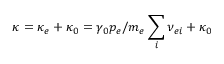
\kappa = \kappa _ { e } + \kappa _ { 0 } = \gamma _ { 0 } p _ { e } / m _ { e } \sum _ { i } \nu _ { e i } + \kappa _ { 0 }